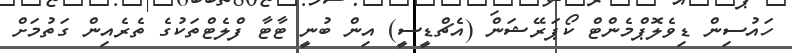
ހައުސިން ޑިވެލޮޕްމެންޓް ކޯޕަރޭޝަން (އެޗްޑީސީ) އިން ބުނީ ޓާޓާ ފްލެޓްތަކުގެ ތެރެއިން ގަތުމަށް